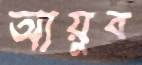
আয়ুব